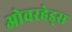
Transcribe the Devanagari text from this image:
ओवरहेड्स